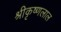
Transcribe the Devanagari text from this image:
श्रीकृष्णलाल